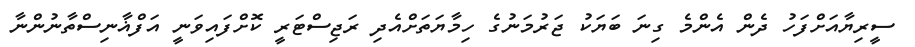
ސީރިޔާއަށްފަހު ދެން އެންމެ ގިނަ ބަޔަކު ޖަރުމަނުގެ ހިމާޔަތަށްއެދި ރަޖިސްޓަރީ ކޮށްފައިވަނީ އަފްޣާނިސްތާނުންނާ